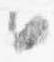
日